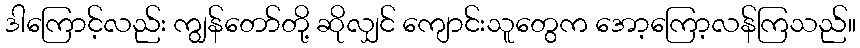
ဒါကြောင့်လည်း ကျွန်တော်တို့ ဆိုလျှင် ကျောင်းသူတွေက အော့ကြော့လန်ကြသည်။